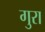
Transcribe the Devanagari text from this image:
गुरा